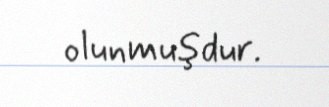
olunmuşdur.